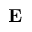
\mathbf { E }